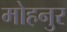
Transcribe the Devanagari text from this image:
मोहनुर